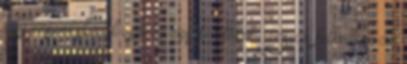
egy erszényt rajta pedig egy borítékot. Lassan felkeltem az